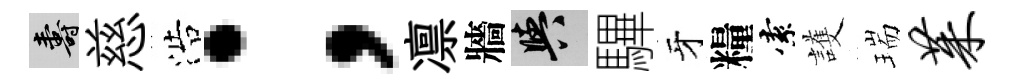
壽慈浩；凛牆阳驆牙糧索護瑞茱